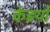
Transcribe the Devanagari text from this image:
केइयो